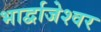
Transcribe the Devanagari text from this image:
भार्द्वाजेश्वर